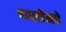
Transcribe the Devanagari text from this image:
वाघरीमधे